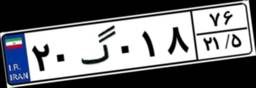
۲۰گ۰۱۸۷۶